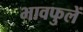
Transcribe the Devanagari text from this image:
भावफुलें